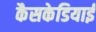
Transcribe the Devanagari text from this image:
कैसकेडियाई